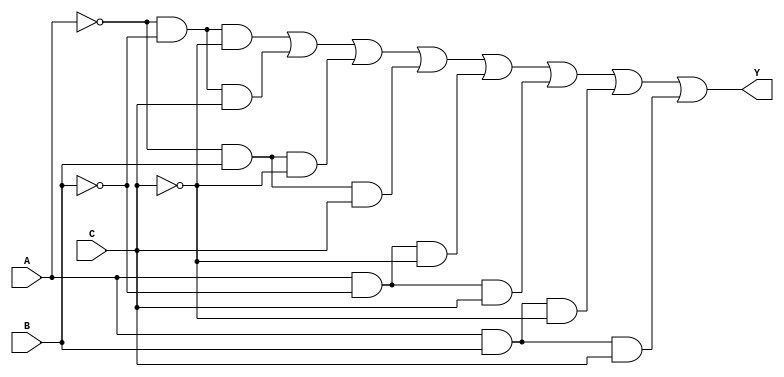
module three_variable_kmap (
    input wire A,      // Input variable A
    input wire B,      // Input variable B
    input wire C,      // Input variable C
    output wire Y      // Output variable Y
);

// K-map mapping for the output Y based on A, B, C inputs.
// The groups of minterms can be adjusted by changing the output conditions.
assign Y = ( ( ~A & ~B & ~C ) | // Y0
             ( ~A & ~B & C )  | // Y1
             ( ~A & B & ~C )  | // Y2
             ( ~A & B & C )   | // Y3
             ( A & ~B & ~C )  | // Y4
             ( A & ~B & C )   | // Y5
             ( A & B & ~C )   | // Y6
             ( A & B & C )     // Y7
           );

// Example implementation with specific '1' cells from the K-map for 
// Y = A'B + AB'C (equivalent to Y1, Y3, Y5 being '1').
/*
assign Y = ( ~A & B ) | // Group: A'B (covers Y1 and Y3)
           ( A & ~B & C ); // Group: AB'C (covers Y5)
*/

// Optional: Alternative approach to create Y from selected minterms
/*
always @(*) begin
    case ({A, B, C})
        3'b000: Y = 1; // Y0
        3'b001: Y = 1; // Y1
        3'b010: Y = 0; // Y2
        3'b011: Y = 1; // Y3
        3'b100: Y = 1; // Y4
        3'b101: Y = 1; // Y5
        3'b110: Y = 0; // Y6
        3'b111: Y = 1; // Y7
        default: Y = 0; // Default case
    endcase
end
*/

endmodule